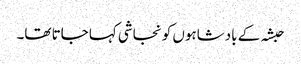
حبشہ کے بادشاہوں کو نجاشی کہا جاتا تھا۔